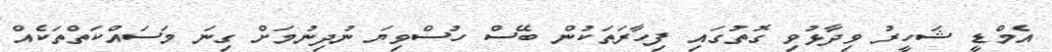
އެމްޑީ ޝަހީރު ވިދާޅުވި ގޮތުގައި ފިހާރަތަކުން ބޭސް ހުސްވިޔަ ނުދިނުމަށް ގިނަ މަސައްކަތްތަކެއް